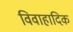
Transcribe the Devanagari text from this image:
विवाहादिक